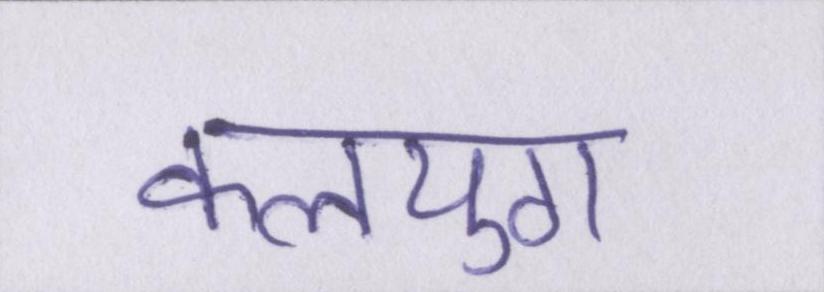
कलयुग